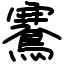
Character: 鶱